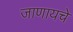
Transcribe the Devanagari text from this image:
जाणायचे